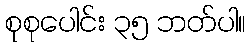
စုစုပေါင်း ၃၅ ဘတ်ပါ။